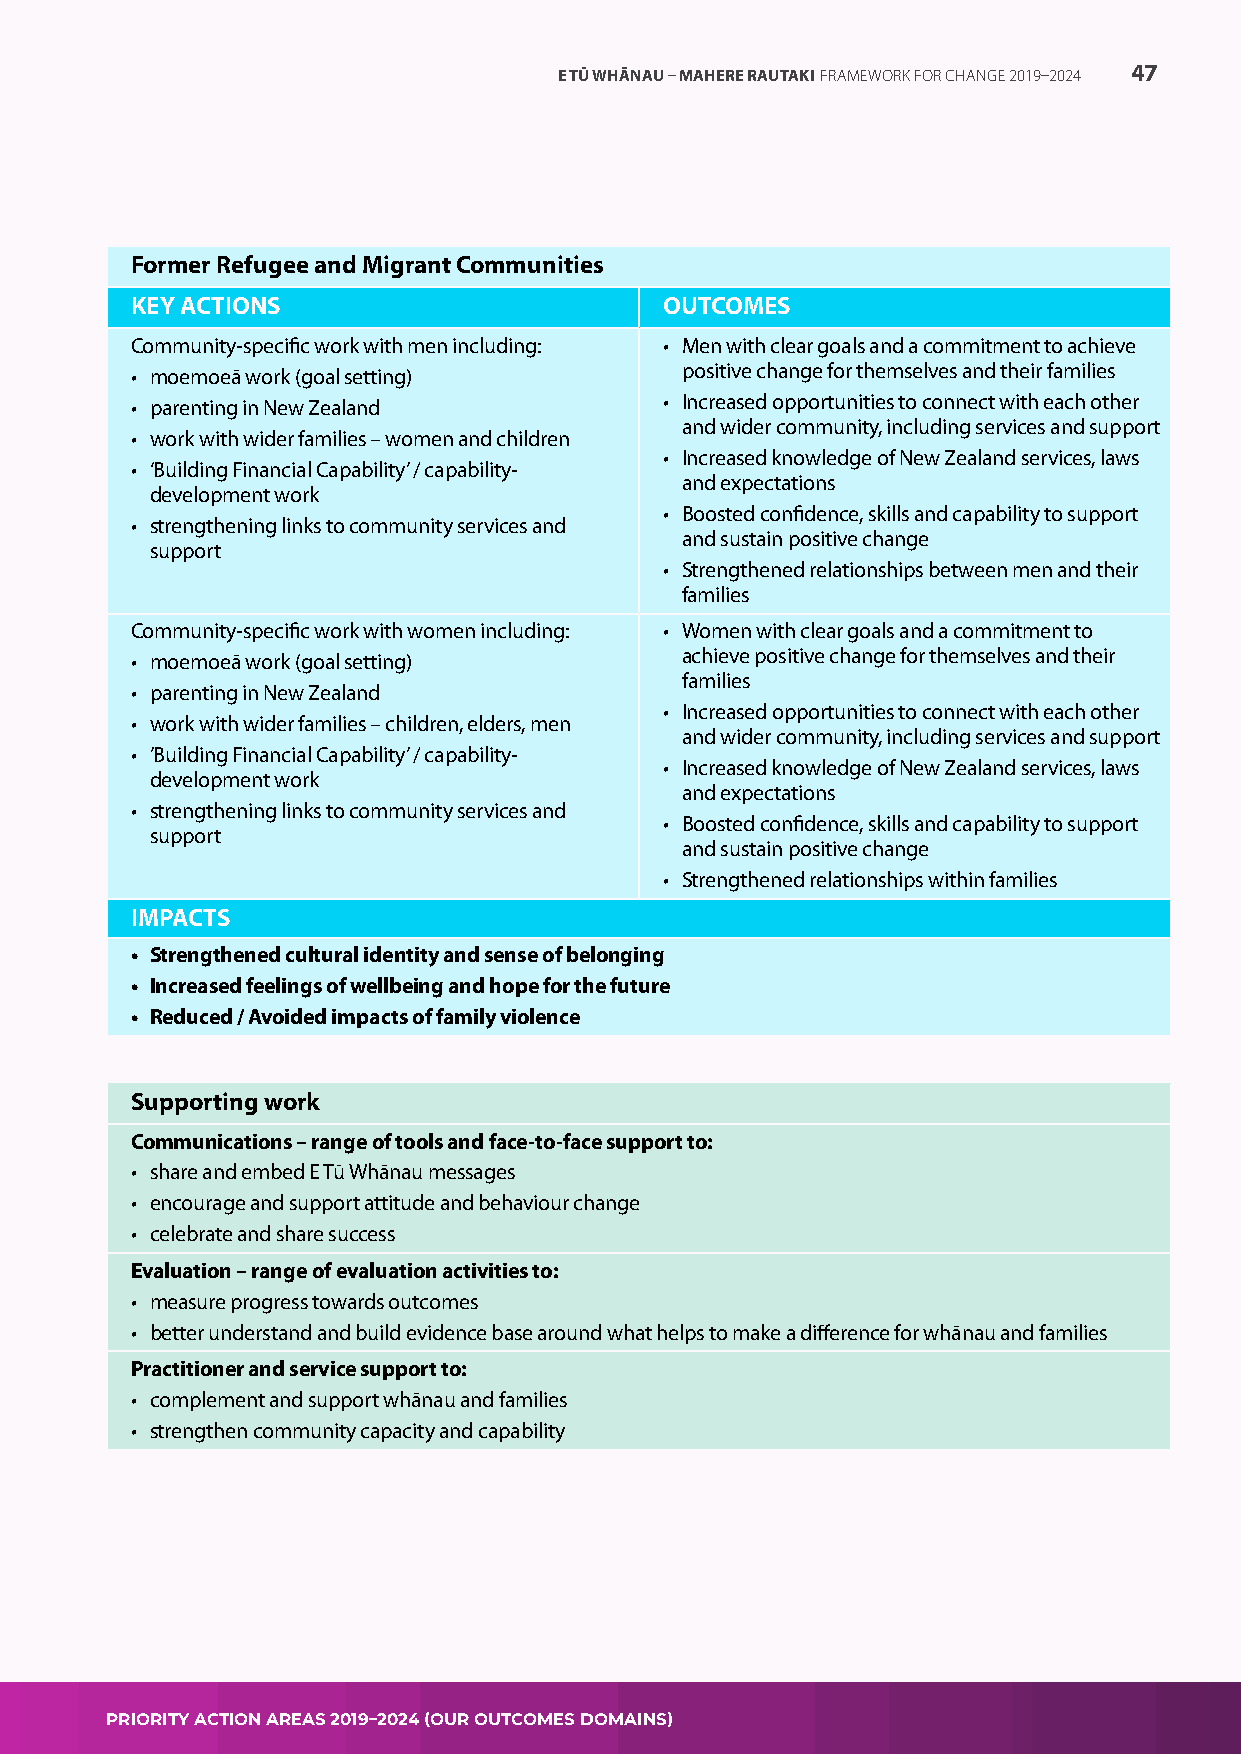
E TŪ WHĀNAU – MAHERE RAUTAKI FRAMEWORK FOR CHANGE 2019–2024 47
 Former Refugee and Migrant Communities
 KEY ACTIONS                        OUTCOMES
 Community-specific work with men including: • Men with clear goals and a commitment to achieve
 • moemoeā work (goal setting)       positive change for themselves and their families
 • parenting in New Zealand         • Increased opportunities to connect with each other
 and wider community, including services and support
 • work with wider families – women and children
 • Increased knowledge of New Zealand services, laws
 • ‘Building Financial Capability’ / capability-
 and expectations
 development work
 • Boosted confidence, skills and capability to support
 • strengthening links to community services and
 and sustain positive change
 support
 • Strengthened relationships between men and their
 families
 Community-specific work with women including: • Women with clear goals and a commitment to
 • moemoeā work (goal setting)       achieve positive change for themselves and their
 families
 • parenting in New Zealand
 • Increased opportunities to connect with each other
 • work with wider families – children, elders, men
 and wider community, including services and support
 • ’Building Financial Capability’ / capability-
 • Increased knowledge of New Zealand services, laws
 development work
 and expectations
 • strengthening links to community services and
 • Boosted confidence, skills and capability to support
 support
 and sustain positive change
 • Strengthened relationships within families
 IMPACTS
 • Strengthened cultural identity and sense of belonging
 • Increased feelings of wellbeing and hope for the future
 • Reduced / Avoided impacts of family violence
 Supporting work
 Communications – range of tools and face-to-face support to:
 • share and embed E Tū Whānau messages
 • encourage and support attitude and behaviour change
 • celebrate and share success
 Evaluation – range of evaluation activities to:
 • measure progress towards outcomes
 • better understand and build evidence base around what helps to make a difference for whānau and families
 Practitioner and service support to:
 • complement and support whānau and families
 • strengthen community capacity and capability
 PRIORITY ACTION AREAS 2019–2024 (OUR OUTCOMES DOMAINS) PRIORITY ACTION AREAS 2019–2024 (OUR OUTCOMES DOMAINS)